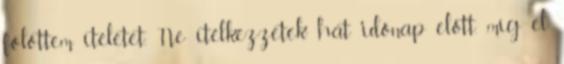
fölöttem ítéletet. Ne ítélkezzetek hát időnap előtt, míg el